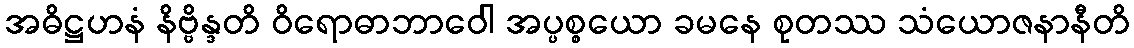
အဓိဋ္ဌဟနံ နိဗ္ဗိန္ဒတိ ဝိရောဓာဘာဝေါ အပ္ပစ္စယော ခမနေ စုတဿ သံယောဇနာနီတိ